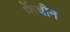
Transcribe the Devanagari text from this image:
फेंचीन